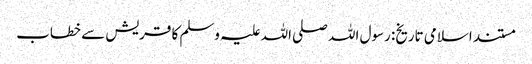
مستند اسلامی تاریخ: رسول اللہ صلی اللہ علیہ وسلم کا قریش سے خطاب